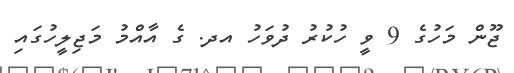
ޖޫން މަހުގެ 9 ވީ ހުކުރު ދުވަހު އދ. ގެ އާއްމު މަޖިލީހުގައި